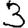
Digit: 3